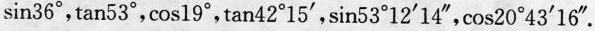
sin36°，tan53°，cos19°，tan42°15'，sin53°12'14”，cos20°43'16”.